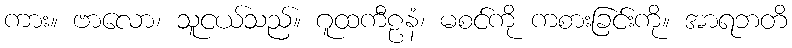
ကား။ ဗာလော၊ သူငယ်သည်။ ဂူထကီဠနံ၊ မစင်ကို ကစားခြင်းကို။ အာရဘတိ